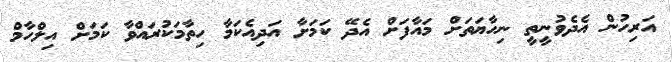
އަރިހުން އެދެވުނީތީ ނިހާޔަތަށް މައާފަށް އެދޭ ކަމަށާ އަދިއެކަމާ ހިތާމަކުރައްވާ ކަމަށް އިލްހާމް